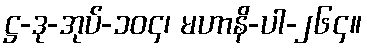
ဋ္ဌ-ဒု-အုပ်-၁၀၄၊ မဟာနိ-ပါ-၂၆၄။